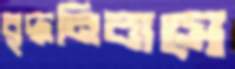
বৃদ্ধনিবাসে